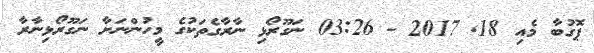
ޕޮގުބާ މެއި 18